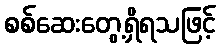
စစ်ဆေးတွေ့ရှိရသဖြင့်